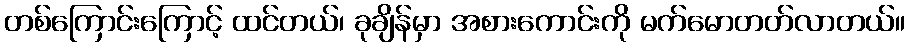
တစ်ကြောင်းကြောင့် ထင်တယ်၊ ခုချိန်မှာ အစားကောင်းကို မက်မောတတ်လာတယ်။